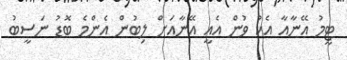
ޓީމު އޭނާއާ އެކު ވުން އެއީ އޭނާއަށް ލިބުން އެންމެ ބޮޑު ނަސީބު